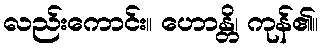
လည်းကောင်း။ ဟောန္တိ၊ ကုန်၏။